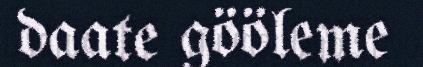
daate gööleme